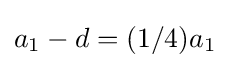
a_{1}-d=(1/4)a_{1}